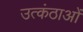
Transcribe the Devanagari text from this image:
उत्कंठाओं